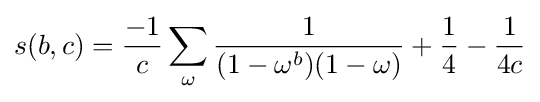
s(b,c)={\frac {-1}{c}}\sum _{\omega }{\frac {1}{(1-\omega ^{b})(1-\omega )}}+{\frac {1}{4}}-{\frac {1}{4c}}